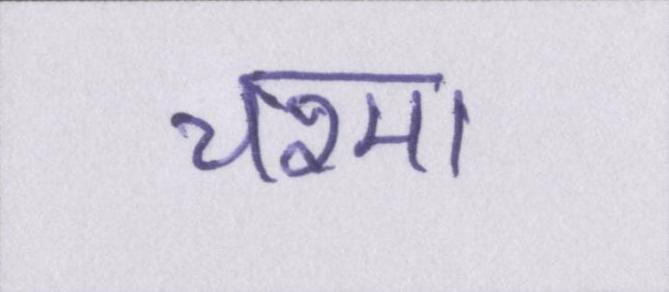
चश्मा